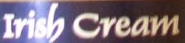
Irisb cream